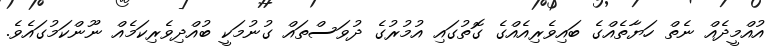
އުއްމީދެއް ނެތް ހަޔާތެއްގެ ބައިވެރިއެއްގެ ގޮތުގައި އުމުރުގެ ދުވަސްތައް ގުނުމަކީ ބުއްދިވެރިކަމެއް ނޫންކަމުގައެވެ.